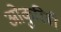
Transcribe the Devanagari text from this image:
ओकुरिबी